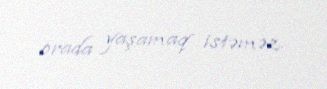
orada yaşamaq istəməz.